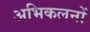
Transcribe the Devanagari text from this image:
अभिकलनों